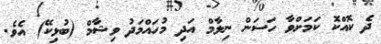
ދެ ކޮއްކޮ ކަމަށްވާ ހަސަން ނިލާމް އަދި މުހައްމަދު ވިޝާމް (ބުޅިކޭ) އެވެ.